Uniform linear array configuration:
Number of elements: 24
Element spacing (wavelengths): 0.5
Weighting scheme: blackman
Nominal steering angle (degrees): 45
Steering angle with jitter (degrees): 45.913
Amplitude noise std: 0.05
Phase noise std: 0.05

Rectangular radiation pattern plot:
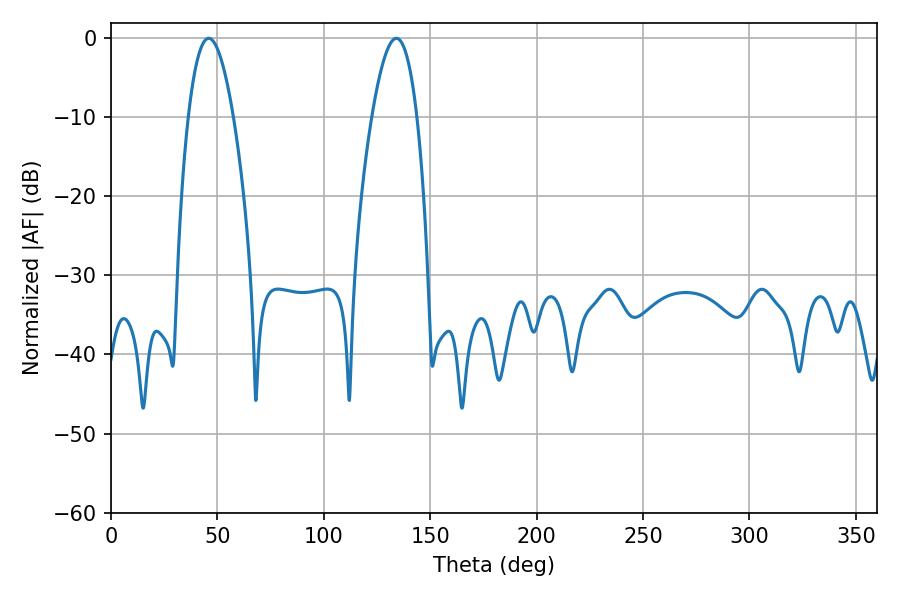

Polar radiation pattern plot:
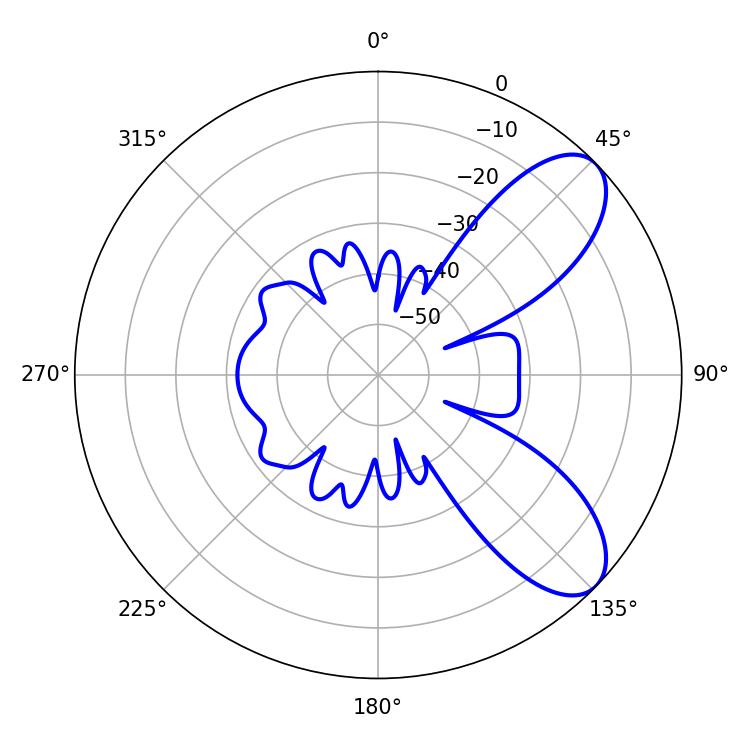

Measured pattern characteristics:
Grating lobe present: FALSE
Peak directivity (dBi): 8.034
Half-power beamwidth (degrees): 11.7
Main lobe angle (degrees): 45.9